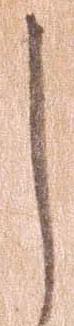
し